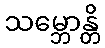
သမ္ဘောန္တိ